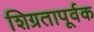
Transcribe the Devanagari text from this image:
शिग्रतापूर्वक